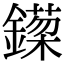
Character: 𬬈